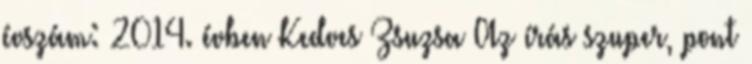
évszám: 2014. évben Kedves Zsuzsa Az írás szuper, pont